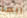
ربما